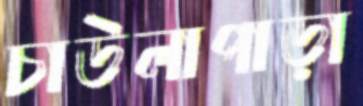
চাউলাপাড়া